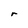
Character: r